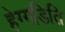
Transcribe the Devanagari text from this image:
हेग्गडिति